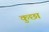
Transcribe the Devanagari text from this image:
कुछा